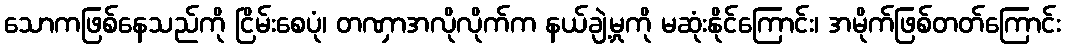
သောကဖြစ်နေသည်ကို ငြိမ်းစေပုံ၊ တဏှာအလိုလိုက်က နယ်ချဲ့မှုကို မဆုံးနိုင်ကြောင်း၊ အမိုက်ဖြစ်တတ်ကြောင်း